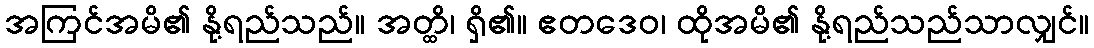
အကြင်အမိ၏ နို့ရည်သည်။ အတ္ထိ၊ ရှိ၏။ ဧတဒေဝ၊ ထိုအမိ၏ နို့ရည်သည်သာလျှင်။